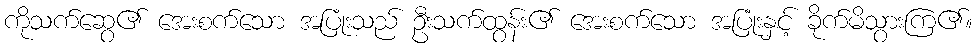
ကိုသက်ဆွေ၏ အေးစက်သော အပြုံးသည် ဦးသက်ထွန်း၏ အေးစက်သော အပြုံးနှင့် ခိုက်မိသွားကြ၏။